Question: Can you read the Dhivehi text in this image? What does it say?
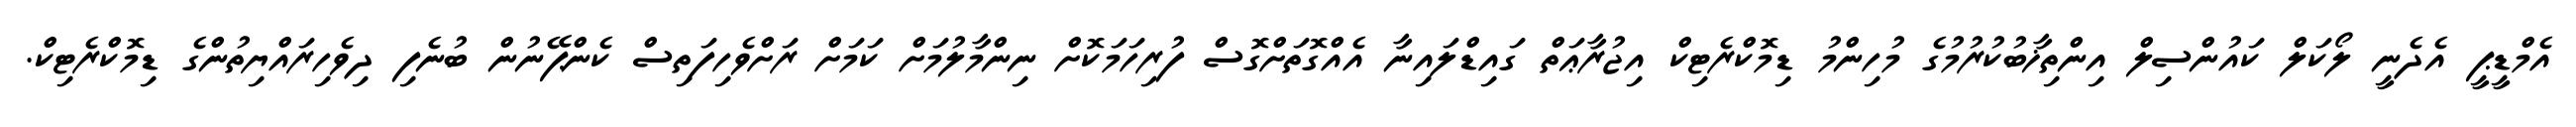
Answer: އެމްޑީޕީ އެދެނީ ލޯކަލް ކައުންސިލް އިންތިޚާބުކުރުމުގެ މުހިންމު ޑިމޮކްރެޓިކް އިޖުރާޢަތް ގައިޑްލައިނާ އެއްގޮތަށްގޮސް ފުރިހަމަކޮށް ނިންމާލުމަށް ކަމަށް ރަށްވެހިފަތިސް ކެންޕޭނުން ބުނެފި ދިވެހިރައްޔިތުންގެ ޑިމޮކްރެޓިކް.